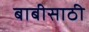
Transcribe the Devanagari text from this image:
बाबीसाठी